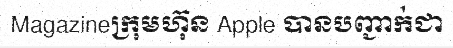
Magazineក្រុមហ៊ុន Apple បានបញ្ជាក់ជា